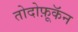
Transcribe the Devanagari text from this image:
तोदोफ़ूकॅन